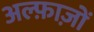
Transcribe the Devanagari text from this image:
अल्फ़ाज़ों